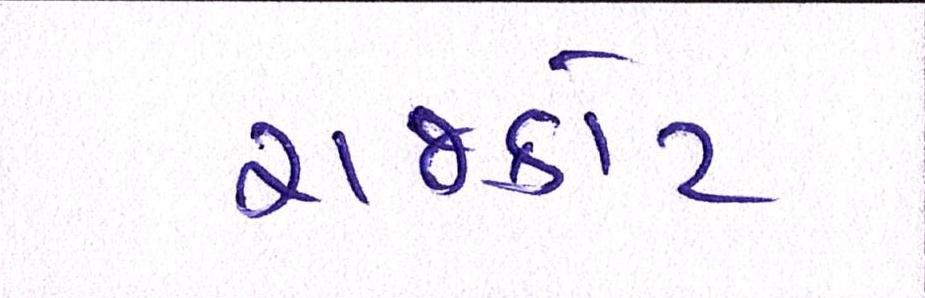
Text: રાજકોટ